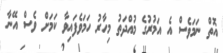
އޮތް ނަމަވެސް އެ އަމުރުގެ މުއްދަތު މިހާރު ހަމަވެފައިވާ ކަމަށް ވެސް އޭނާ